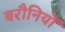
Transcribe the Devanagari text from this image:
बरौनियों